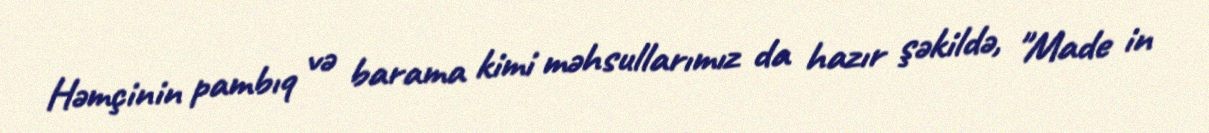
Həmçinin pambıq və barama kimi məhsullarımız da hazır şəkildə, "Made in